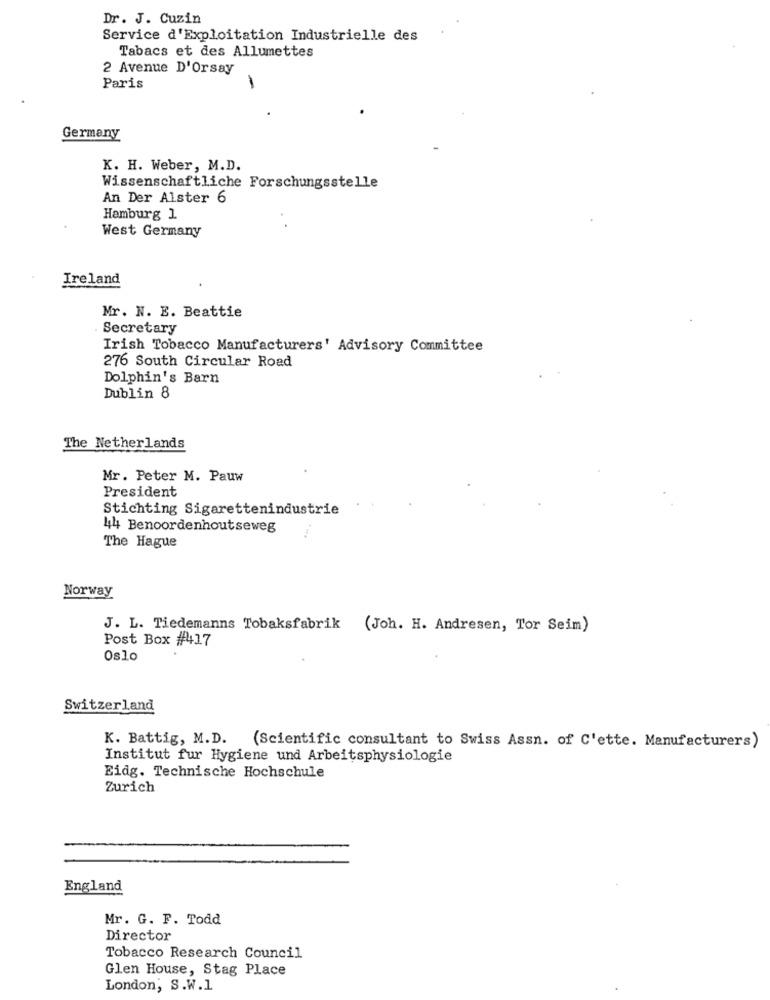
Dr. J. Cuzin
Service d'Exploitation Industrielle des
Tabacs et des Allumettes
2 Avenue D'Orsay
Paris
-
Germany
K. H. Weber, M.D.
Wissenschaftliche Forschungsstelle
An Der Alster 6
Hamburg 1
West Germany
Ireland
Mr. N. E. Beattie
Secretary
Irish Tobacco Manufacturers' Advisory Committee
276 South Circular Road
Dolphin's Barn
Dublin 8
The Netherlands
Mr. Peter M. Pauw
President
Stichting Sigarettenindustrie
44 Benoordenhoutseweg
The Hague
Norway
J. L. Tiedemanns Tobaksfabrik
(Joh. H. Andresen, Tor Seim)
Post Box #4417
Oslo
Switzerland
K. Battig, M.D. (Scientific consultant to Swiss Assn. of C'ette. Manufacturers)
Institut fur Hygiene und Arbeitsphysiologie
Eidg. Technische Hochschule
Zurich
England
Mr. G. F. Todd
Director
Tobacco Research Council
Glen House, Stag Place
London, S.W.1